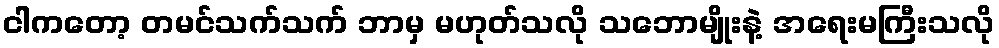
ငါကတော့ တမင်သက်သက် ဘာမှ မဟုတ်သလို သဘောမျိုးနဲ့ အရေးမကြီးသလို